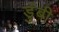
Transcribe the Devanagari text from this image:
डुंबी